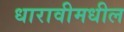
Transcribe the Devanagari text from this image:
धारावीमधील